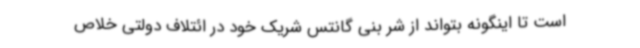
است تا اینگونه بتواند از شر بنی گانتس شریک خود در ائتلاف دولتی خلاص